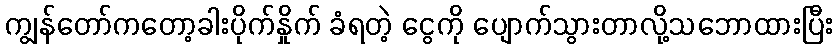
ကျွန်တော်ကတော့ခါးပိုက်နှိုက် ခံရတဲ့ ငွေကို ပျောက်သွားတာလို့သဘောထားပြီး